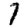
Digit: 7